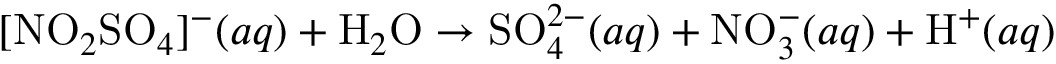
[ \mathrm { N O } _ { 2 } \mathrm { S O } _ { 4 } ] ^ { - } ( a q ) + \mathrm { H } _ { 2 } \mathrm { O } \rightarrow \mathrm { S O } _ { 4 } ^ { 2 - } ( a q ) + \mathrm { N O } _ { 3 } ^ { - } ( a q ) + \mathrm { H } ^ { + } ( a q )